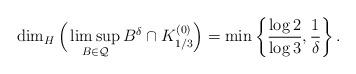
LaTeX: \begin{align*}\dim_H\Big (\limsup_{B\in\mathcal{Q}}B^{\delta}\cap K_{1/3}^{(0)}\Big )=\min\left\{\frac{\log 2}{\log 3},\frac{1}{\delta}\right\}.\end{align*}